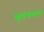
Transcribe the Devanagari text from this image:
भुवनपाल